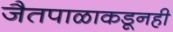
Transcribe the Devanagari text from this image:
जैतपाळाकडूनही